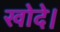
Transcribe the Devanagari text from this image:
खोदे।